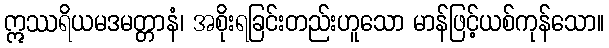
ဣဿရိယမဒမတ္တာနံ၊ အစိုးရခြင်းတည်းဟူသော မာန်ဖြင့်ယစ်ကုန်သော။